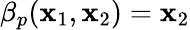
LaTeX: \beta_{p}(\mathbf{x}_{1},\mathbf{x}_{2})=\mathbf{x}_{2}